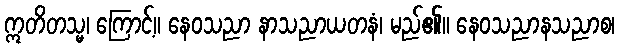
ဣတိတသ္မ၊ ကြောင့်။ နေဝသညာ နာသညာယတနံ၊ မည်၏။ နေဝသညာနသညာစ၊